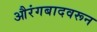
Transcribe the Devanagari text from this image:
औरंगबादवरून